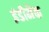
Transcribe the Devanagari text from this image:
इंडीमैक